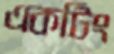
একটিং